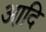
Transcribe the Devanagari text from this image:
आदि़